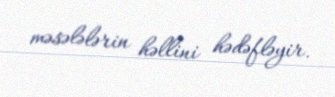
məsələlərin həllini hədəfləyir.